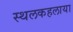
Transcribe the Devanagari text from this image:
स्थलकहलाया